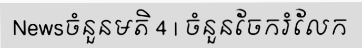
Newsចំនួនមតិ 4 | ចំនួនចែករំលែក